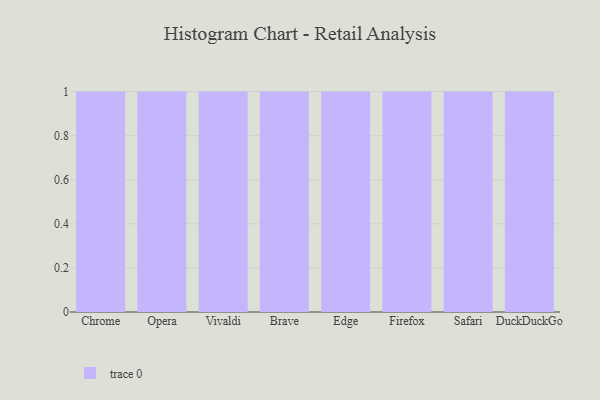
{"axis": {"x": "Browser", "y": "Gross Profit (USD K)"}, "legend": [""], "data": [{"x": "Chrome", "y": 73, "type": ""}, {"x": "Opera", "y": 15, "type": ""}, {"x": "Vivaldi", "y": 30, "type": ""}, {"x": "Brave", "y": 91, "type": ""}, {"x": "Edge", "y": 1, "type": ""}, {"x": "Firefox", "y": 7, "type": ""}, {"x": "Safari", "y": 82, "type": ""}, {"x": "DuckDuckGo", "y": 3, "type": ""}]}